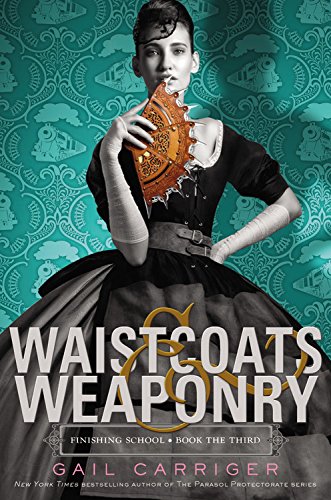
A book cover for Waistcoats & Weaponry (Finishing School); Gail Carriger; Teen & Young Adult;